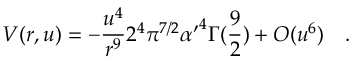
V ( r , u ) = - { \frac { u ^ { 4 } } { r ^ { 9 } } } 2 ^ { 4 } \pi ^ { 7 / 2 } { \alpha ^ { \prime } } ^ { 4 } \Gamma ( { \frac { 9 } { 2 } } ) + O ( u ^ { 6 } ) \quad .